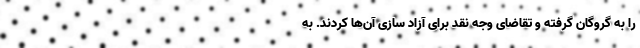
را به گروگان گرفته و تقاضای وجه نقد برای آزاد سازی آن‌ها کردند. به